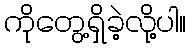
ကိုတွေ့ရှိခဲ့လို့ပါ။